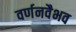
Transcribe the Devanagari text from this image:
वर्णनवैभव